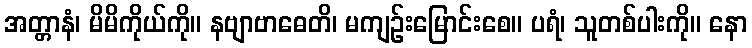
အတ္တာနံ၊ မိမိကိုယ်ကို။ နဗျာဗာဓေတိ၊ မကျဉ်းမြောင်းစေ။ ပရံ၊ သူတစ်ပါးကို။ နော